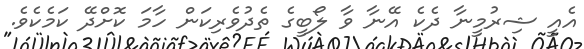
އެއީ ޝިރުމީނާ ދެކެ އޭނާ ވާ ލޯބީގެ ތެދުވެރިކަން ހާމަ ކޮށްދޭ ކަމެކެވެ.